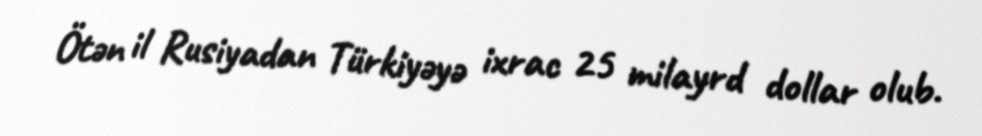
Ötən il Rusiyadan Türkiyəyə ixrac 25 milayrd dollar olub.